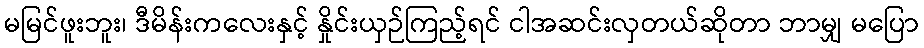
မမြင်ဖူးဘူး၊ ဒီမိန်းကလေးနှင့် နှိုင်းယှဉ်ကြည့်ရင် ငါအဆင်းလှတယ်ဆိုတာ ဘာမျှ မပြော